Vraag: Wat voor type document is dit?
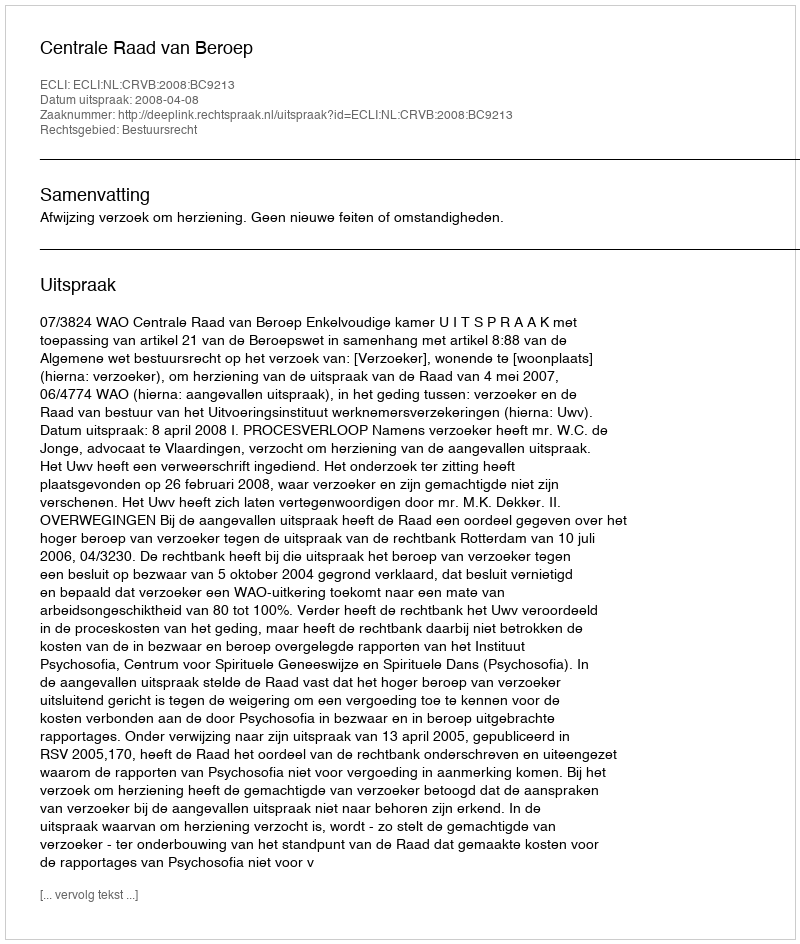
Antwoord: Uitspraak